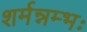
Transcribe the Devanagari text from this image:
शर्मन्नम्भः